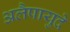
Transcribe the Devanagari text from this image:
अलैपायुदे